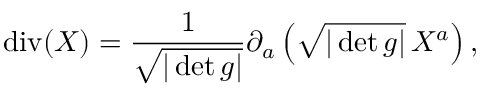
\operatorname { d i v } ( X ) = { \frac { 1 } { \sqrt { | \det g | } } } \partial _ { a } \left( { \sqrt { | \det g | } } \, X ^ { a } \right) ,